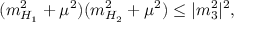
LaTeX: ( m _ { H _ { 1 } } ^ { 2 } + \mu ^ { 2 } ) ( m _ { H _ { 2 } } ^ { 2 } + \mu ^ { 2 } ) \leq | m _ { 3 } ^ { 2 } | ^ { 2 } ,